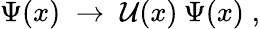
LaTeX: \Psi(x)\; \rightarrow\; \mathcal{U}(x)\: \Psi(x)\; ,